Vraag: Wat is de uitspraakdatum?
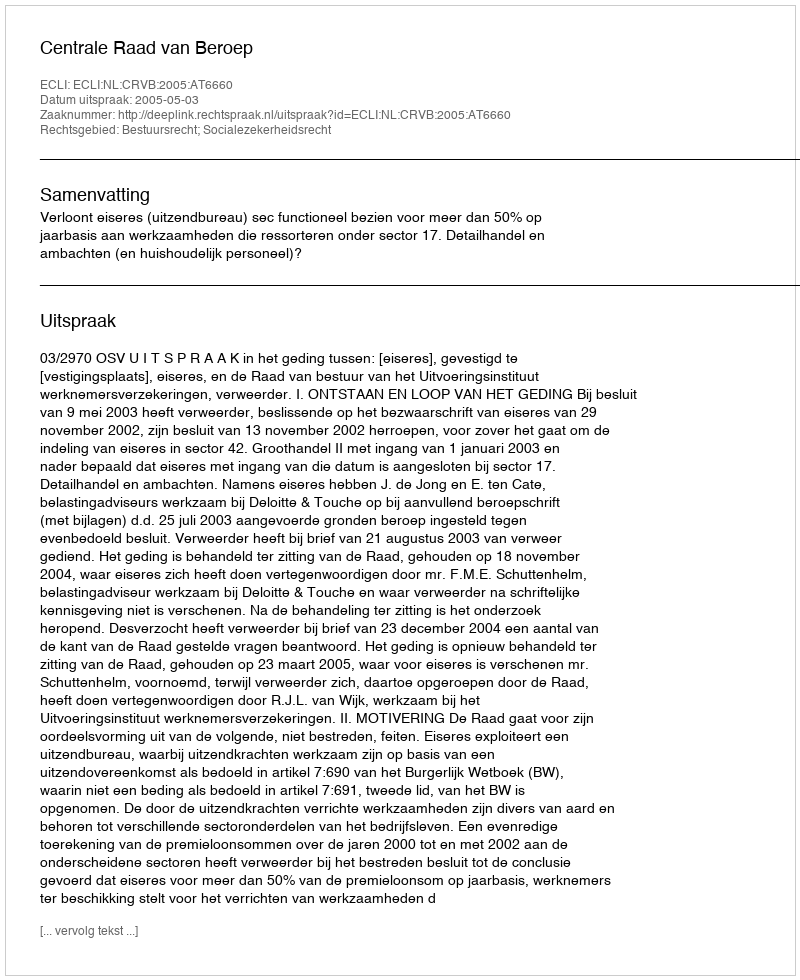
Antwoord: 2005-05-03